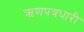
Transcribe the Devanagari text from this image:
ऋणपत्रधारी